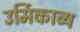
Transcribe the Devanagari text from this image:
उर्मिकाव्य